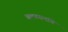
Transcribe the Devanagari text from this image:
बलस्थानांचे